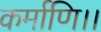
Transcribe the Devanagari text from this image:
कर्माणि।।